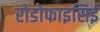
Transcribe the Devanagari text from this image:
रोडोफाइसिई